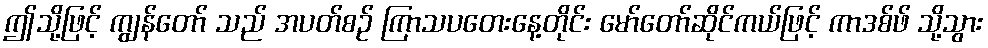
ဤသို့ဖြင့် ကျွန်တော် သည် အပတ်စဉ် ကြာသပတေးနေ့တိုင်း မော်တော်ဆိုင်ကယ်ဖြင့် ကာဒစ်ဖ် သို့သွား